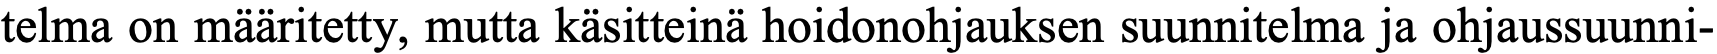
telma on määritetty, mutta käsitteinä hoidonohjauksen suunnitelma ja ohjaussuunni-